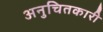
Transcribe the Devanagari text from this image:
अनुचितकारी